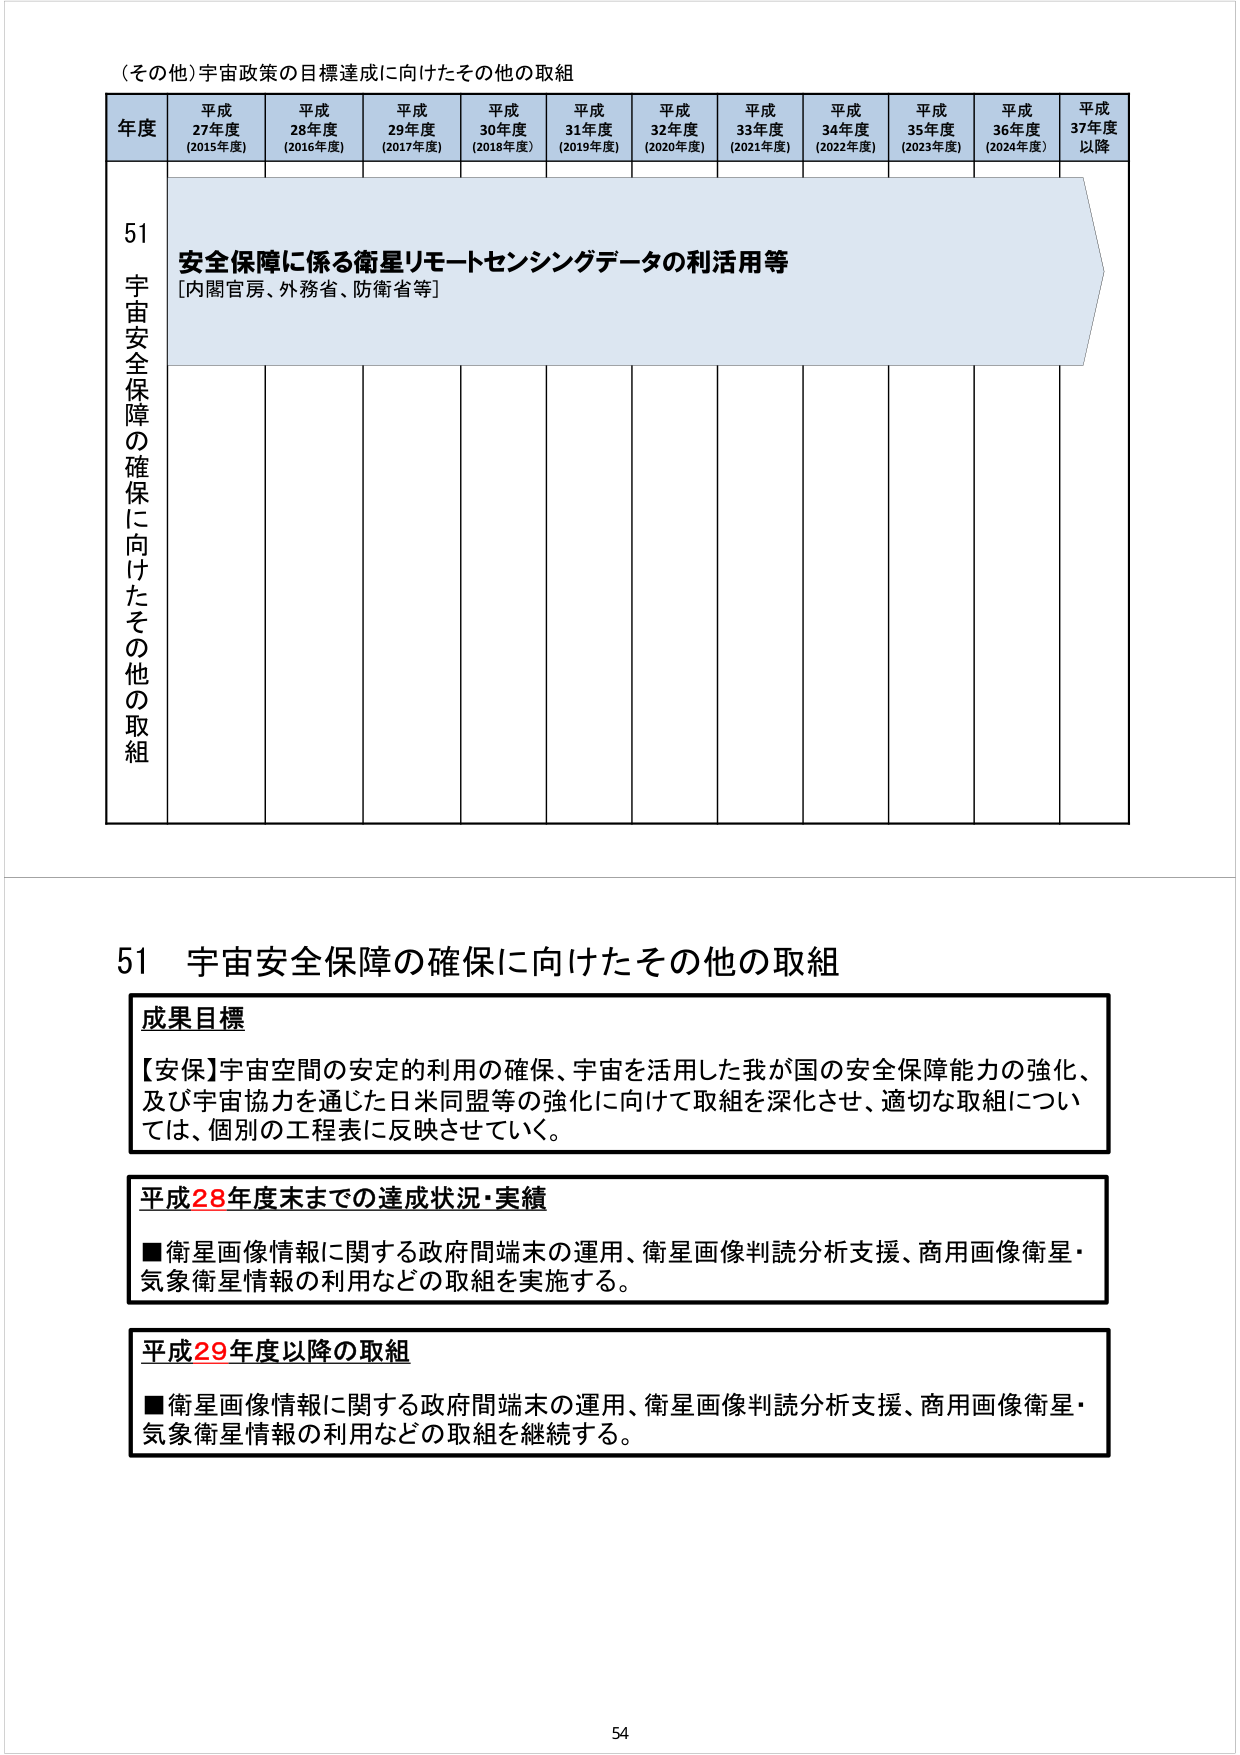
（その他）宇宙政策の目標達成に向けたその他の取組

年度 平成27年度（2015年度） 平成28年度（2016年度） 平成29年度（2017年度） 平成30年度（2018年度） 平成31年度（2019年度） 平成32年度（2020年度） 平成33年度（2021年度） 平成34年度（2022年度） 平成35年度（2023年度） 平成36年度（2024年度） 平成37年度以降

51 宇宙安全保障の確保に向けたその他の取組

安全保障に係る衛星リモートセンシングデータの利活用等
[内閣官房、外務省、防衛省等]

51 宇宙安全保障の確保に向けたその他の取組

成果目標
【安保】宇宙空間の安定的利用の確保、宇宙を活用した我が国の安全保障能力の強化、及び宇宙協力を通じた日米同盟等の強化に向けて取組を深化させ、適切な取組については、個別の工程表に反映させていく。

平成28年度末までの達成状況・実績
■衛星画像情報に関する政府間端末の運用、衛星画像判読分析支援、商用画像衛星・気象衛星情報の利用などの取組を実施する。

平成29年度以降の取組
■衛星画像情報に関する政府間端末の運用、衛星画像判読分析支援、商用画像衛星・気象衛星情報の利用などの取組を継続する。

54